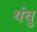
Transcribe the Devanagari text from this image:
यंबु